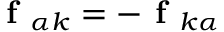
\textbf { f } _ { \alpha k } = - \textbf { f } _ { k \alpha }